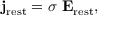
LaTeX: { \bf j } _ { \mathrm { r e s t } } = \sigma ~ { \bf E } _ { \mathrm { r e s t } } ,